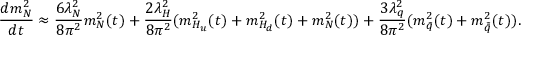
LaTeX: \frac { d m _ { N } ^ { 2 } } { d t } \approx \frac { 6 \lambda _ { N } ^ { 2 } } { 8 \pi ^ { 2 } } m _ { N } ^ { 2 } ( t ) + \frac { 2 \lambda _ { H } ^ { 2 } } { 8 \pi ^ { 2 } } ( m _ { H _ { u } } ^ { 2 } ( t ) + m _ { H _ { d } } ^ { 2 } ( t ) + m _ { N } ^ { 2 } ( t ) ) + \frac { 3 \lambda _ { q } ^ { 2 } } { 8 \pi ^ { 2 } } ( m _ { \tilde { q } } ^ { 2 } ( t ) + m _ { \tilde { \bar { q } } } ^ { 2 } ( t ) ) .